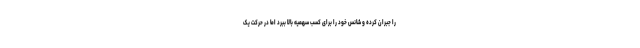
را جبران کرده و شانس خود را برای کسب سهمیه بالا ببرد اما در حرکت یک